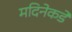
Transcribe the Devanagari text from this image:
मदिनेकडे